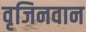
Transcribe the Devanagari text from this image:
वृजिनवान